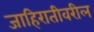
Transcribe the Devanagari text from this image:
जाहिरातीवरील